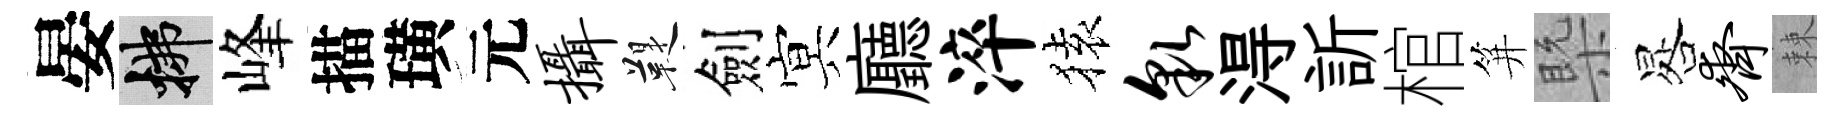
晏拂峰描璜元摄鞮劍㝠廳淬𫞤貌淂訢棺笄槩晷齐棘